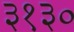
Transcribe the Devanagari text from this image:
३१३०